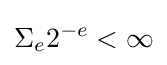
\Sigma _{e}2^{-e}<\infty